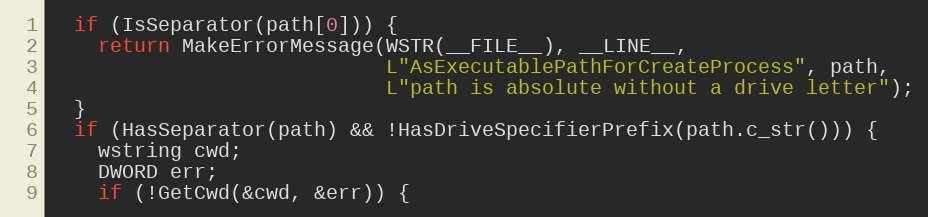
Language: C++
  if (IsSeparator(path[0])) {
    return MakeErrorMessage(WSTR(__FILE__), __LINE__,
                            L"AsExecutablePathForCreateProcess", path,
                            L"path is absolute without a drive letter");
  }
  if (HasSeparator(path) && !HasDriveSpecifierPrefix(path.c_str())) {
    wstring cwd;
    DWORD err;
    if (!GetCwd(&cwd, &err)) {